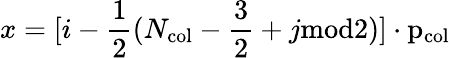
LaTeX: x=[i-\frac{1}{2}(N_{\mathrm{{col}}}-\frac{3}{2}+j\mathrm{{mod}2)]\cdot p_{\mathrm{{col}}}}